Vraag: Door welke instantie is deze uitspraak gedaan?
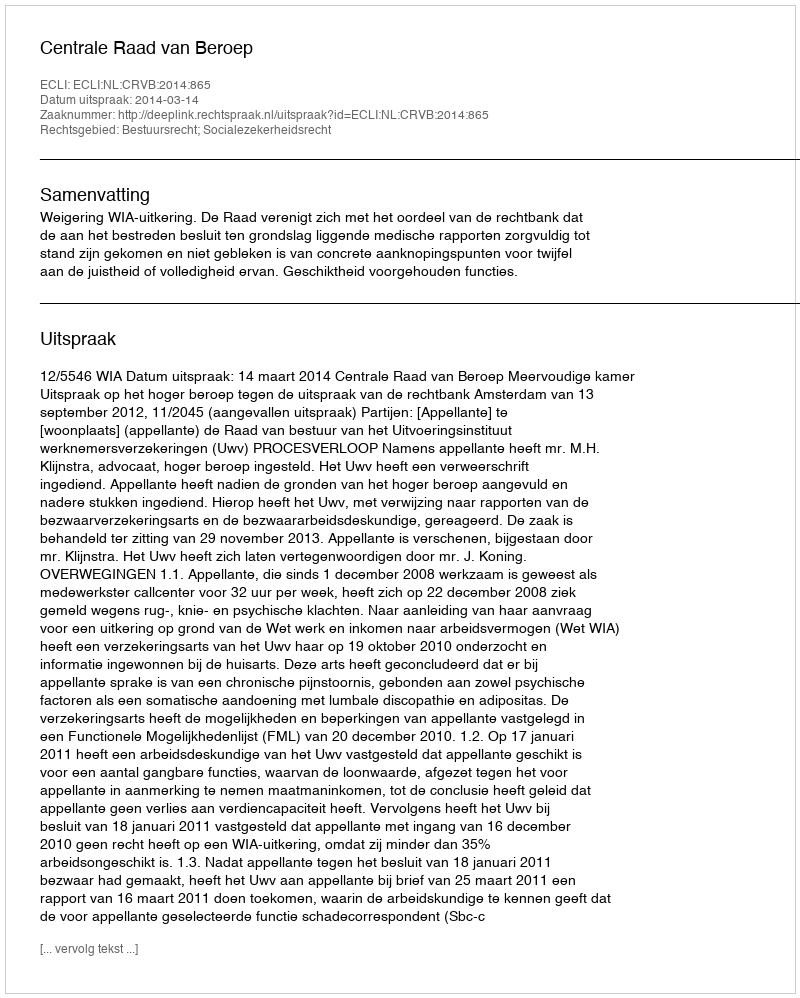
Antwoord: Centrale Raad van Beroep